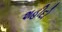
શહીદો